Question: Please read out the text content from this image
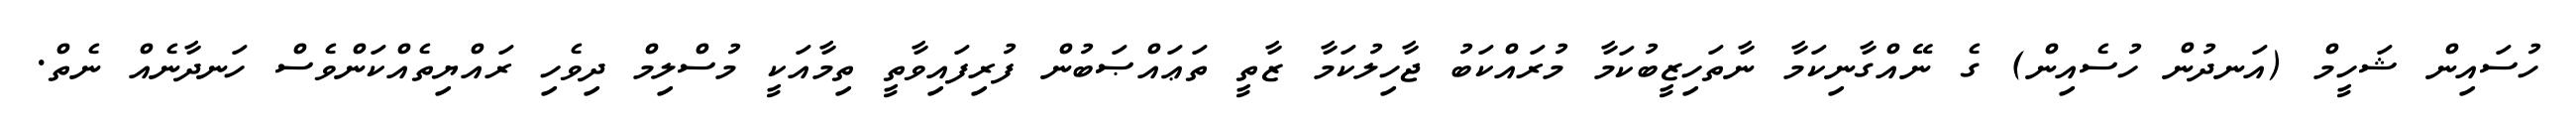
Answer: ހުސައިން ޝަހީމް (އަނދުން ހުސެއިން) ގެ ނޭއްގާނިކަމާ ނާތަހިޒީބުކަމާ މުރައްކަބު ޖާހިލުކަމާ ޒާތީ ތަޢައްޞަބުން ފުރިފައިވާތީ ތިމާއަކީ މުސްލިމް ދިވެހި ރައްޔިތެއްކަންވެސް ހަނދާނެއް ނެތް.